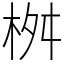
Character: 桝